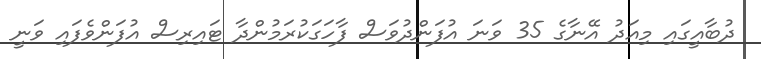
ދުބާއީގައި މިއަދު އޭނާގެ 35 ވަނަ އުފަންދުވަސް ފާހަގަކުރަމުންދާ ޓައިރިސް އުފަންވެފައި ވަނީ